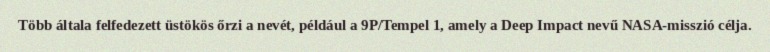
Több általa felfedezett üstökös őrzi a nevét, például a 9P/Tempel 1, amely a Deep Impact nevű NASA-misszió célja.